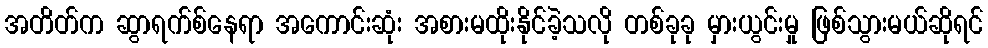
အတိတ်က ဆွာရက်စ်နေရာ အကောင်းဆုံး အစားမထိုးနိုင်ခဲ့သလို တစ်ခုခု မှားယွင်းမှု ဖြစ်သွားမယ်ဆိုရင်